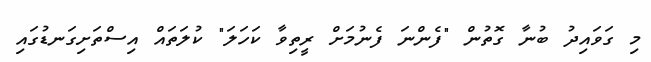
މި ގަވައިދު ބުނާ ގޮތުން "ފެންނަ ފެނުމަށް ރީތިވާ ކަހަލަ" ކުލަތައް އިސްތަށިގަނޑުގައި